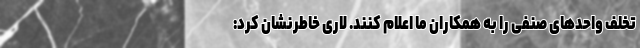
تخلف واحدهای صنفی را به همکاران ما اعلام کنند. لاری خاطرنشان کرد: